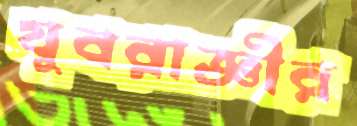
যুবরাজ্ঞীর